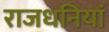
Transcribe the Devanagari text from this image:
राजधनियां